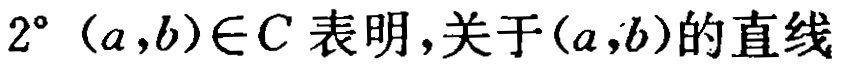
$2^{\circ}\ (a,b)\in C 表明，关于(a,b)的直线$